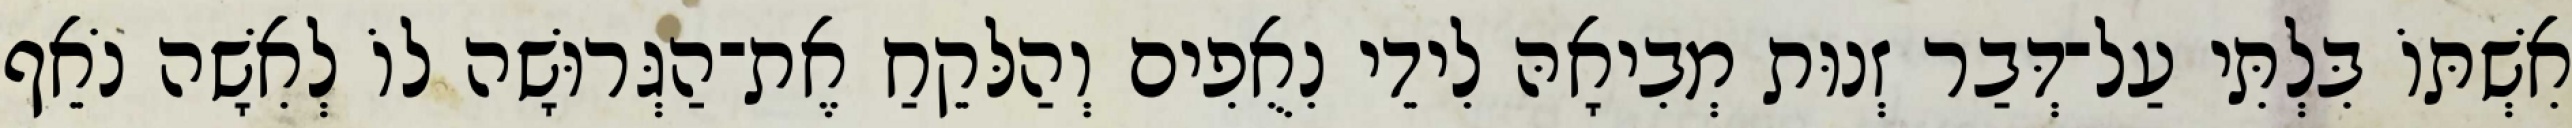
אִשְׁתּוֹ בִּלְתִּי עַל־דְּבַר זְנוּת מְבִיאָהּ לִידֵי נִאֻפִים וְהַלּקֵחַ אֶת־הַגְּרוּשָׁה לוֹ לְאִשָׁה נֹאֵף